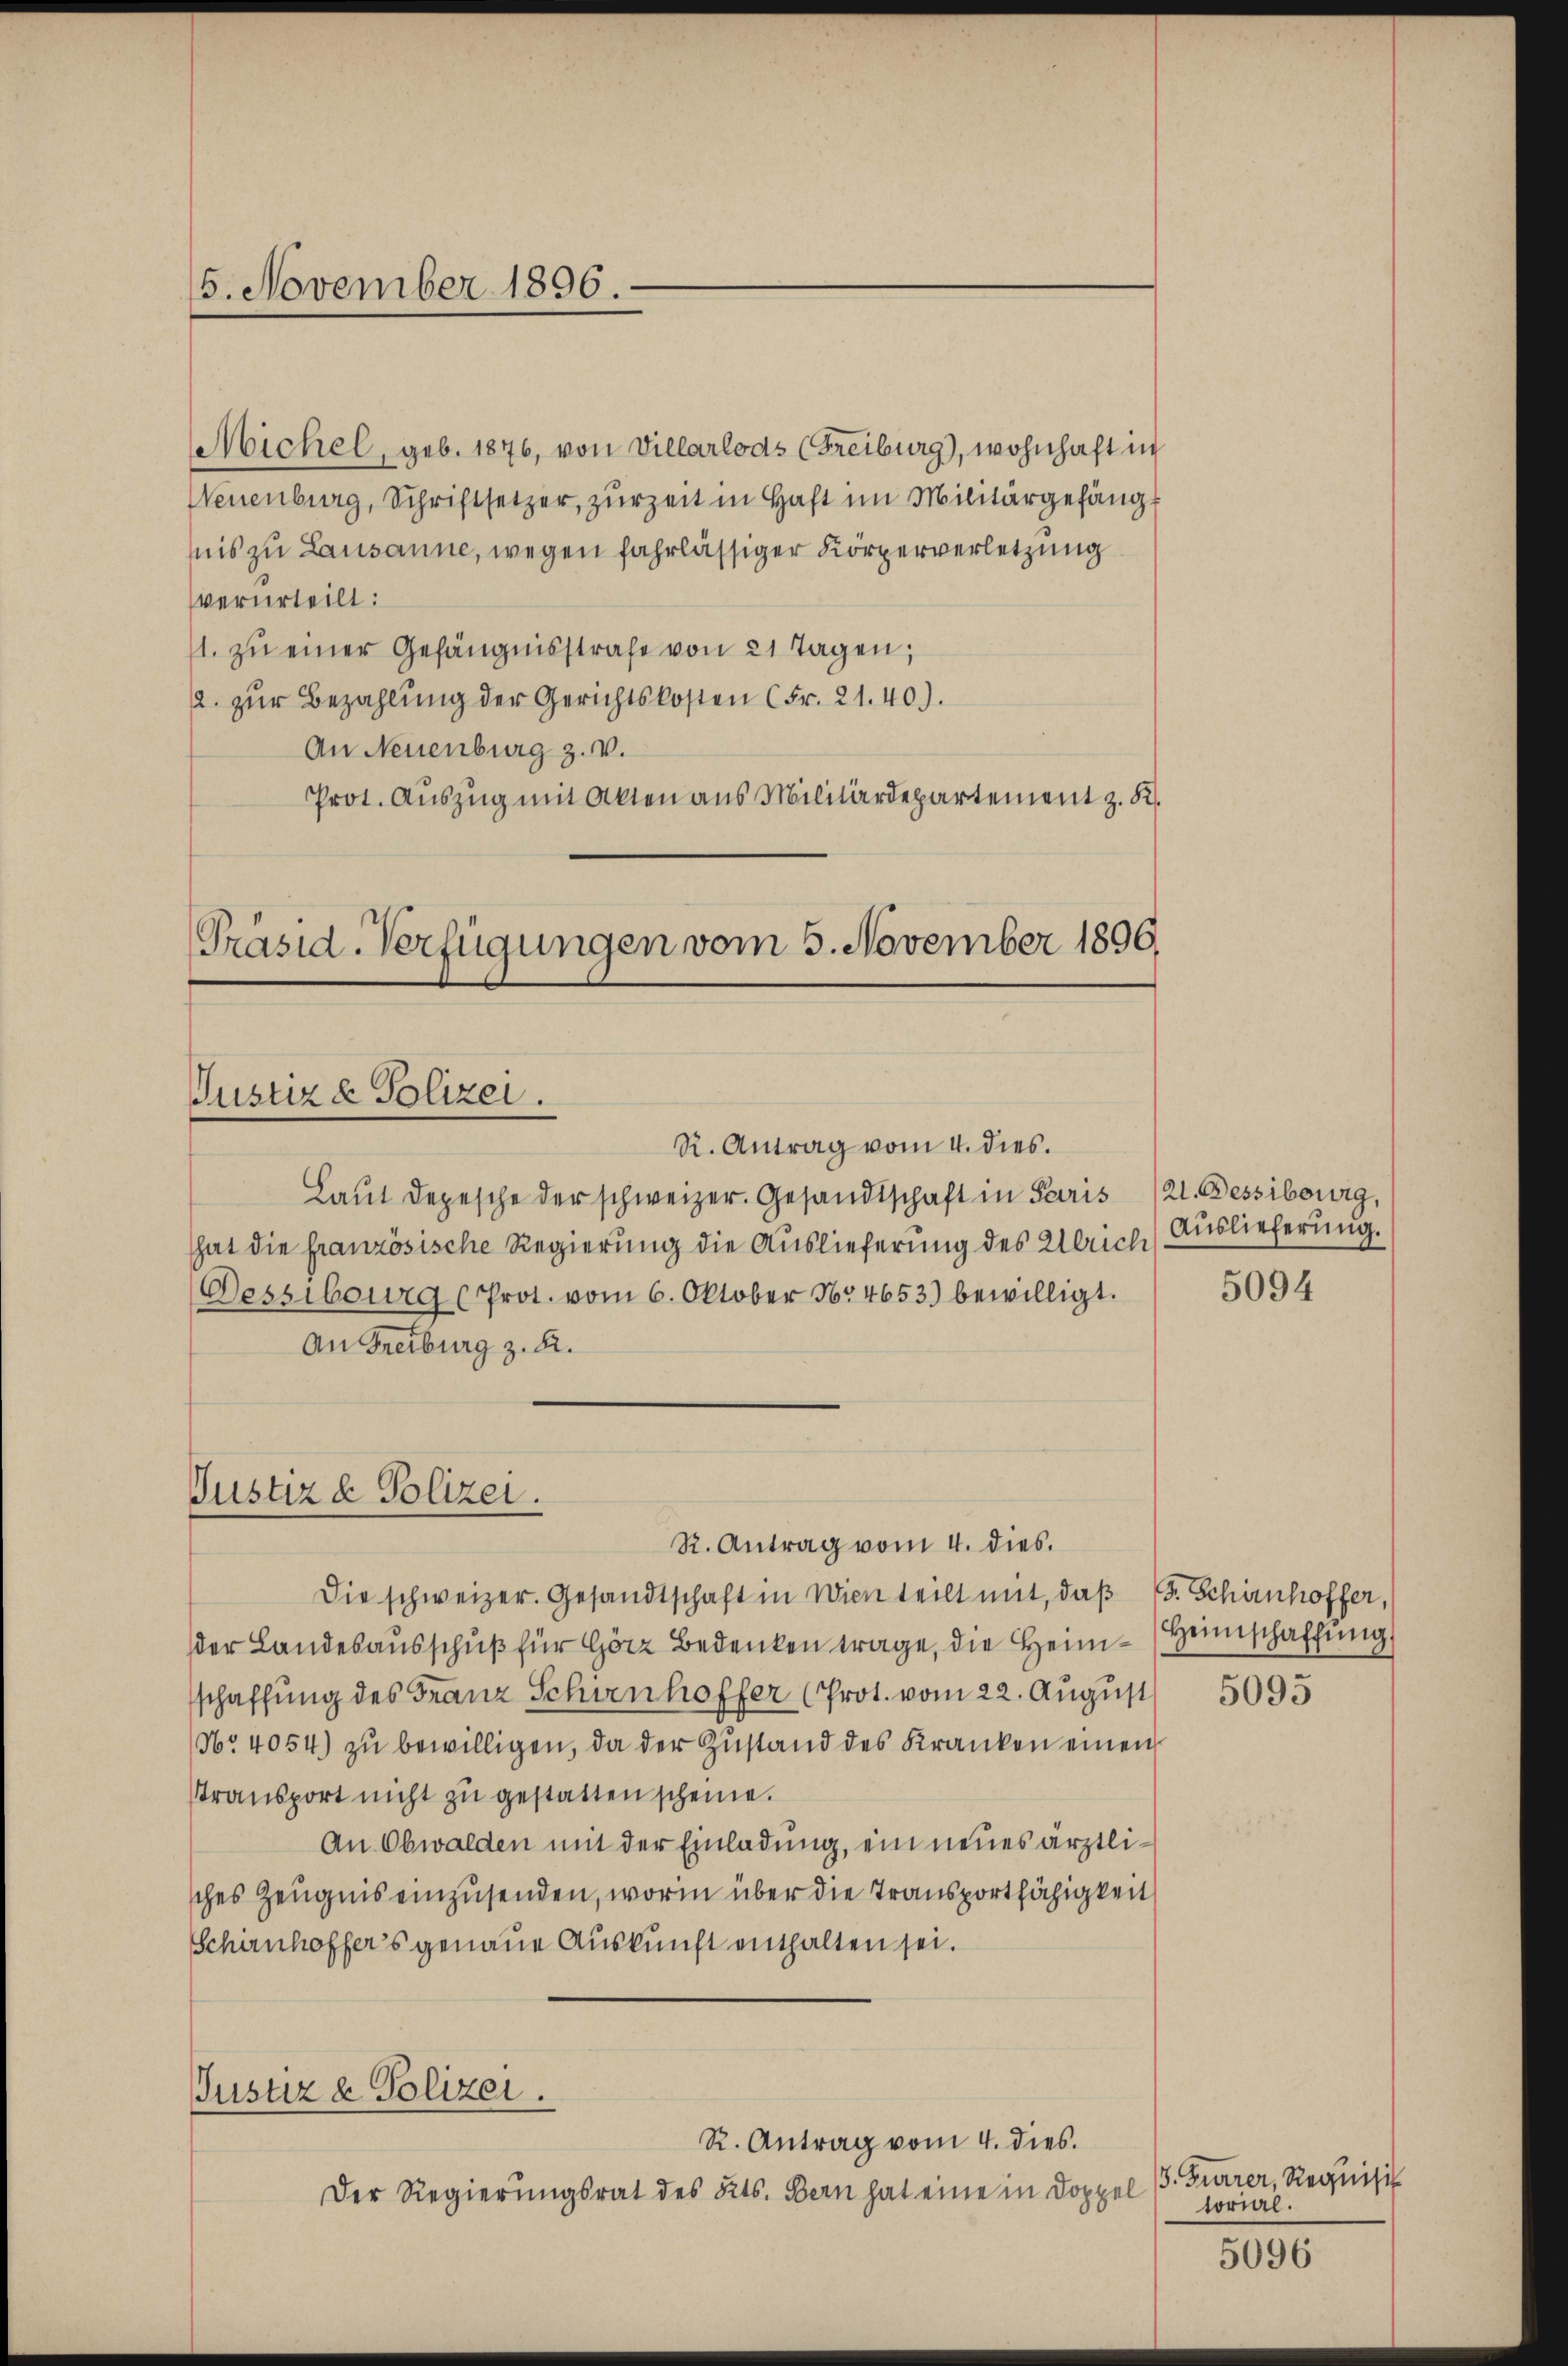
5. November 1896.

Michel, geb. 1876, von Villarlods (Freiburg), wohnhaft in
Neuenburg, Schriftsetzer, zurzeit in Haft im Militärgefängnis zu Lausanne, wegen fahrlässiger Körperverletzung
verurteilt:
1. zŭ einer Gefängnisstrafe von 21 Tagen;
2. zur Bezahlung der Gerichtskosten (Fr. 21.40).
An Neuenburg z. v.
Prot. Auszug mit Akten aus Militärdepartement z. K.

Präsid-Verfügungen vom 3. November 1890.
Justiz & Polizei.
R. Antrag vom 4. dies.

Laut Depesche der schweizer. Gesandtschaft in Paris
hat die französische Regierung die Auslieferung des Ulrich
Dessiburg (Prot. vom 6. Oktober Nr 4653) bewilligt.
An Freiburg z. B.

Justiz & Polizei.
R. Antrag vom 4. dies.

Justiz & Polizei.
R. Antrag vom 4. dies.

Der Regierungsrat des Kts. Bern hat eine in Doppel

21. Dessibourg,
Auslieferung.

Die schweizer. Gesandtschaft in Wien teilt mit, daß F. Schirnhoffer,
der Landesausschuß für Görz Bedenken trage, die Heim-Heimschaffung.
schaffung des Franz Schienhoffer (Prot. vom 22. August
Nr. 4054) zu bewilligen, da der Zustand des Kranken einen
Stransport nicht zŭ gestatten scheine.
An Obwalden mit der Einladung, ein neues ärztlisches Zeugnis einzusenden, worin über die Transportfähigkeit
Schirnhoffers genaue Auskunft enthalten sei.

5094

5095

5. Furrer, Requisi
torial.

5096